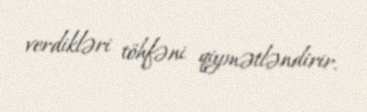
verdikləri töhfəni qiymətləndirir.